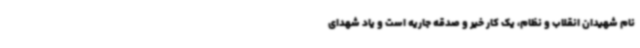
نام شهیدان انقلاب و نظام، یک کار خیر و صدقه جاریه است و یاد شهدای